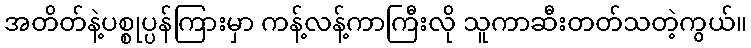
အတိတ်နဲ့ပစ္စုပ္ပန်ကြားမှာ ကန့်လန့်ကာကြီးလို သူကာဆီးတတ်သတဲ့ကွယ်။